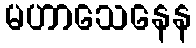
မဟာသေနေန